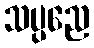
သပ္ပညေ